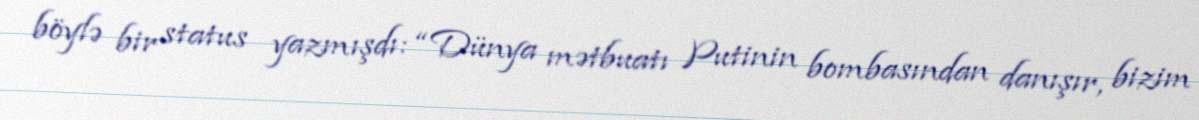
böylə bir status yazmışdı: “Dünya mətbuatı Putinin bombasından danışır, bizim